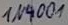
Text: IN4001